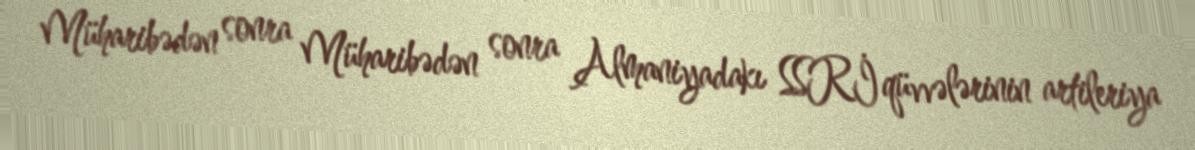
Müharibədən sonra Müharibədən sonra Almaniyadakı SSRİ qüvvələrinin artileriya